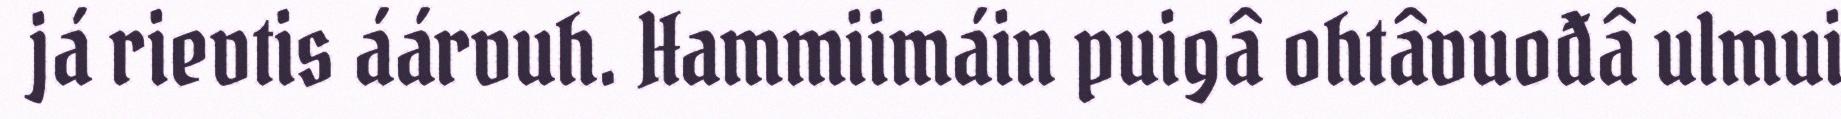
já rievtis áárvuh. Hammiimáin puigâ ohtâvuođâ ulmui